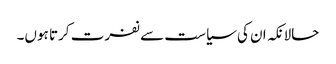
حالانکہ ان کی سیاست سے نفرت کرتا ہوں۔